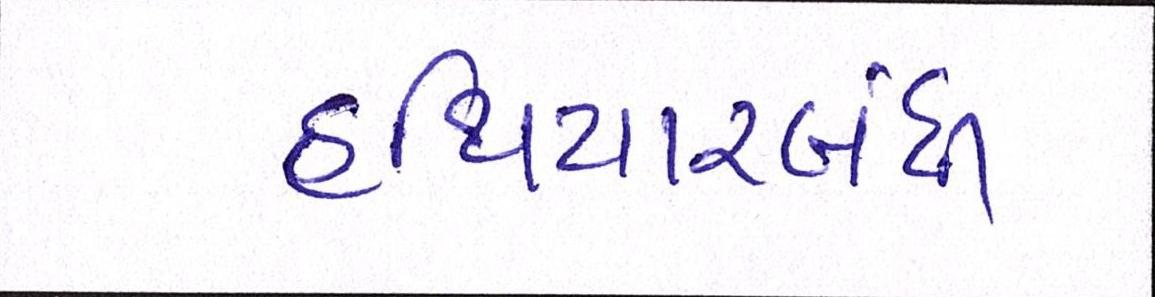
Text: હથિયારબંધી